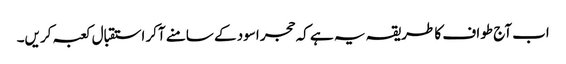
اب آج طواف کا طریقہ یہ ہے کہ حجر اسود کے سامنے آکر استقبال کعبہ کریں۔